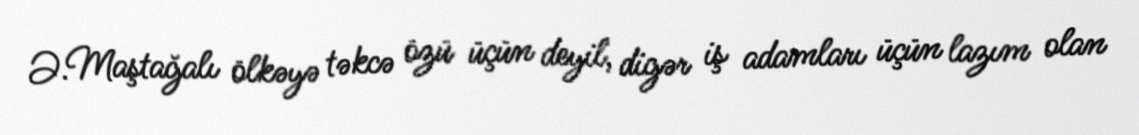
Ə.Maştağalı ölkəyə təkcə özü üçün deyil, digər iş adamları üçün lazım olan